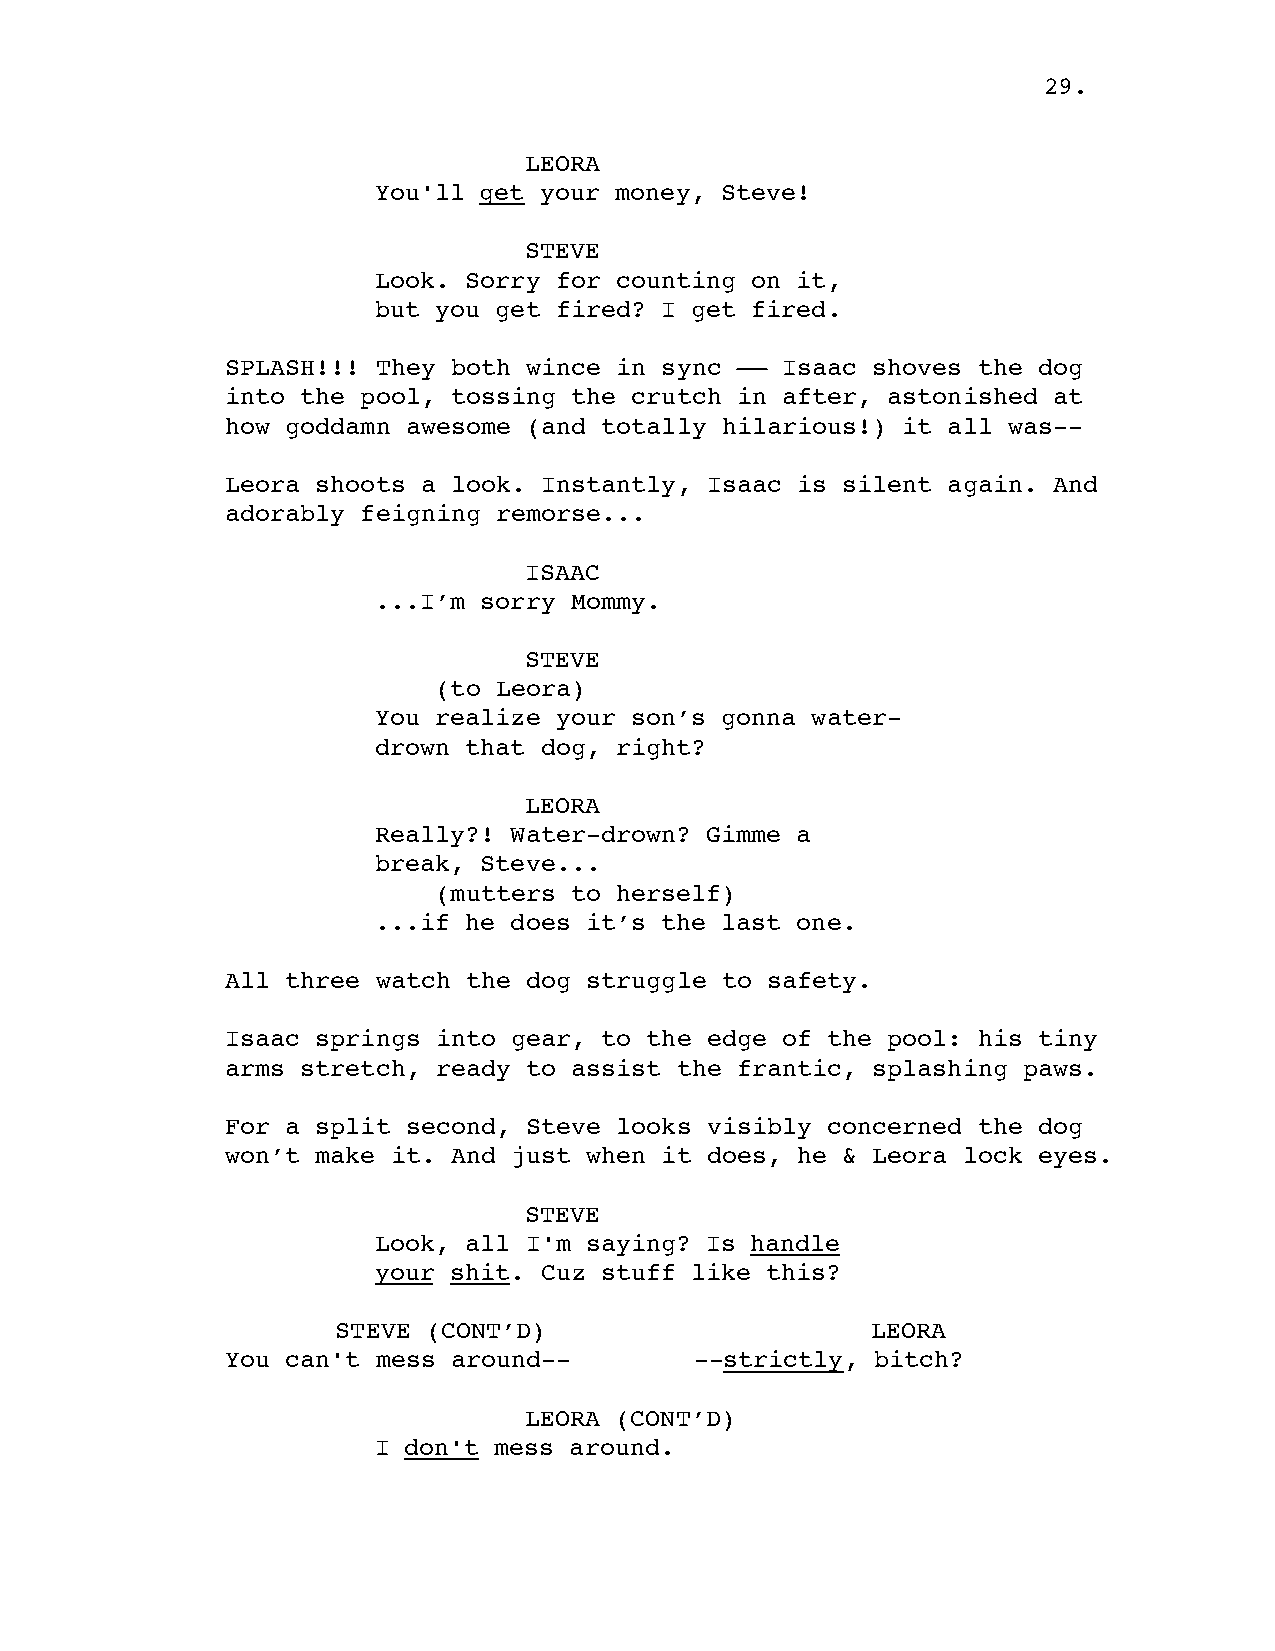
29.
 LEORA
 You'll get your money, Steve!
 STEVE
 Look. Sorry for counting on it,
 but you get fired? I get fired.
 SPLASH!!! They both wince in sync –– Isaac shoves the dog
 into the pool, tossing the crutch in after, astonished at
 how goddamn awesome (and totally hilarious!) it all was--
 Leora shoots a look. Instantly, Isaac is silent again. And
 adorably feigning remorse...
 ISAAC
 ...I’m sorry Mommy.
 STEVE
 (to Leora)
 You realize your son’s gonna water-
 drown that dog, right?
 LEORA
 Really?! Water-drown? Gimme a
 break, Steve...
 (mutters to herself)
 ...if he does it’s the last one.
 All three watch the dog struggle to safety.
 Isaac springs into gear, to the edge of the pool: his tiny
 arms stretch, ready to assist the frantic, splashing paws.
 For a split second, Steve looks visibly concerned the dog
 won’t make it. And just when it does, he & Leora lock eyes.
 STEVE
 Look, all I'm saying? Is handle
 your shit. Cuz stuff like this?
 STEVE (CONT’D)                      LEORA
 You can't mess around--        --strictly, bitch?
 LEORA (CONT’D)
 I don't mess around.